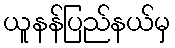
ယူနန်ပြည်နယ်မှ